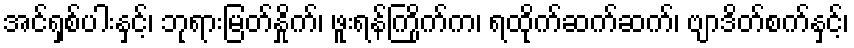
အင်ရှစ်ပါးနှင့်၊ ဘုရားမြတ်နှိုက်၊ ဖူးရန်ကြိုက်က၊ ရထိုက်ဆက်ဆက်၊ ဗျာဒိတ်စက်နှင့်၊